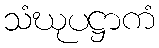
သံဃုပဋ္ဌာကံ